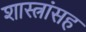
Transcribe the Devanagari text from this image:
शास्त्रांसह